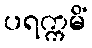
ပရက္ကမိံ